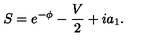
S = e ^ { - \phi } - \frac { V } { 2 } + i a _ { 1 } .